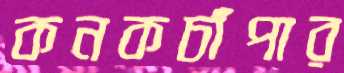
কনকচাঁপার